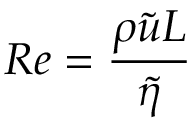
R e = \frac { \rho \tilde { u } L } { \tilde { \eta } }